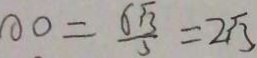
\partial 0 = \frac { 6 \sqrt { 3 } } { 3 } = 2 \sqrt { 3 }